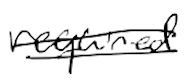
Text: required
Cross-out: double-line
Writing tool: digital_black